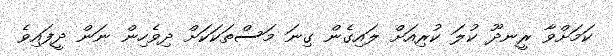
ކަމަށްވާ ރީނދޫ ކުލަ ކުރިއަށް ލައިގެން ގިނަ މަސްތަކަކަށް ދިވެހިން ނަން ދީފައިވެ